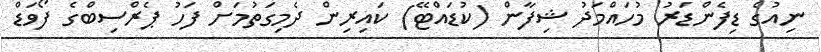
ނިއުގެ ޑިފެންޑަރު މުހައްމަދު ޝިފާން (ކުޑައްޓޭ) ކައިރިން ދެމިގަތުމަށް ފަހު ޕެރްސިބްގެ ފޯވަޑް